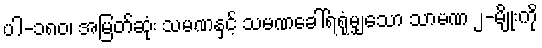
ပါ-၁၈၀၊ အမြတ်ဆုံး သမဏနှင့် သမဏခေါ်ရရုံမျှသော သာမဏ ၂-မျိုးကို